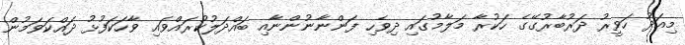
މިއަދު ހަވީރު ދަރުބާރުގޭގެ ހަކުރާ މަލާމުގައި ދިވެހި ފަންނާނުންނާއި ބައްދަލުކުރައްވައި ވާހަކަފުޅު ދައްކަވަމުން